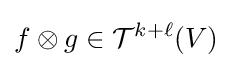
f\otimes g\in {\mathcal {T}}^{k+\ell }(V)